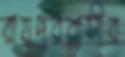
রায়পুরবাসীর